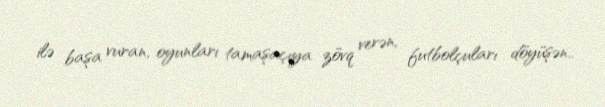
ilə başa vuran, oyunları tamaşaçıya zövq verən, futbolçuları döyüşən..